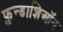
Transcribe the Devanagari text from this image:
फ़ुन्डाशिऑन